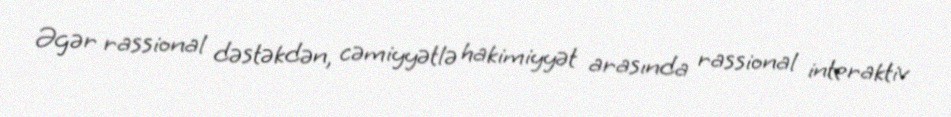
Əgər rassional dəstəkdən, cəmiyyətlə hakimiyyət arasında rassional interaktiv